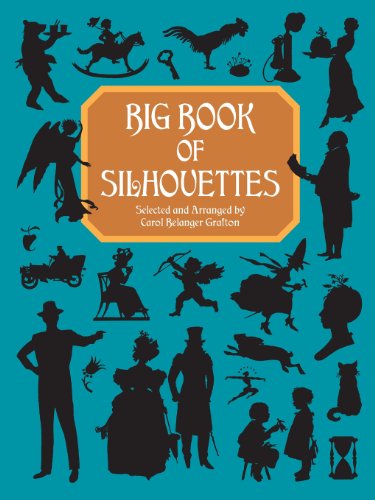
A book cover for Big Book of Silhouettes (Dover Pictorial Archive); Arts & Photography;